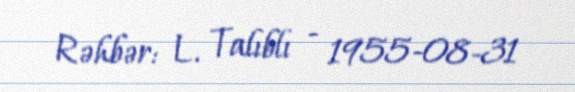
Rəhbər: L. Talıblı - 1955-08-31